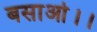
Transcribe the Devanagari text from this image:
बसाओ।।